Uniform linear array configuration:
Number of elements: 32
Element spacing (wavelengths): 0.5
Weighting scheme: exponential
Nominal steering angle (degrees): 60
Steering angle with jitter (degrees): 60.431
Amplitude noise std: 0.05
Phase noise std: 0.05

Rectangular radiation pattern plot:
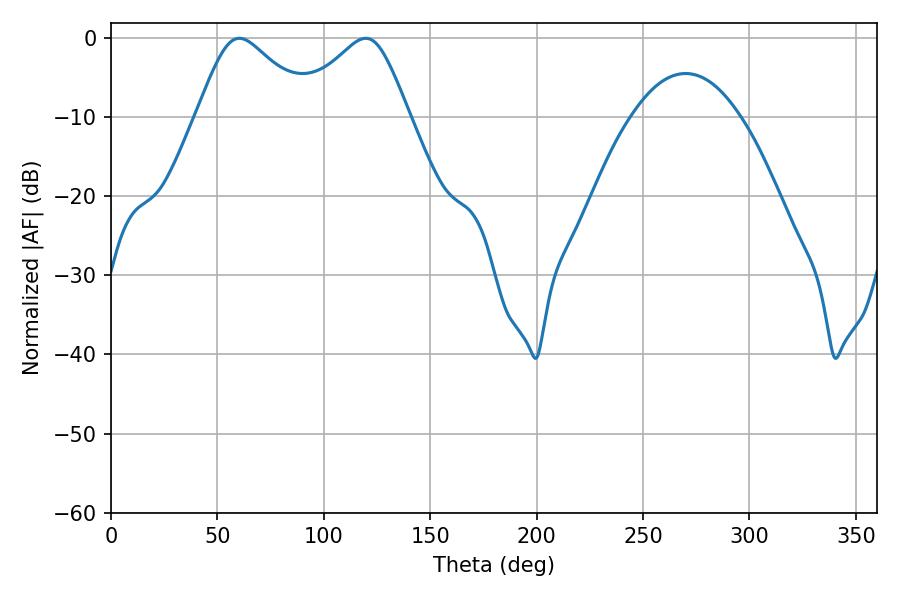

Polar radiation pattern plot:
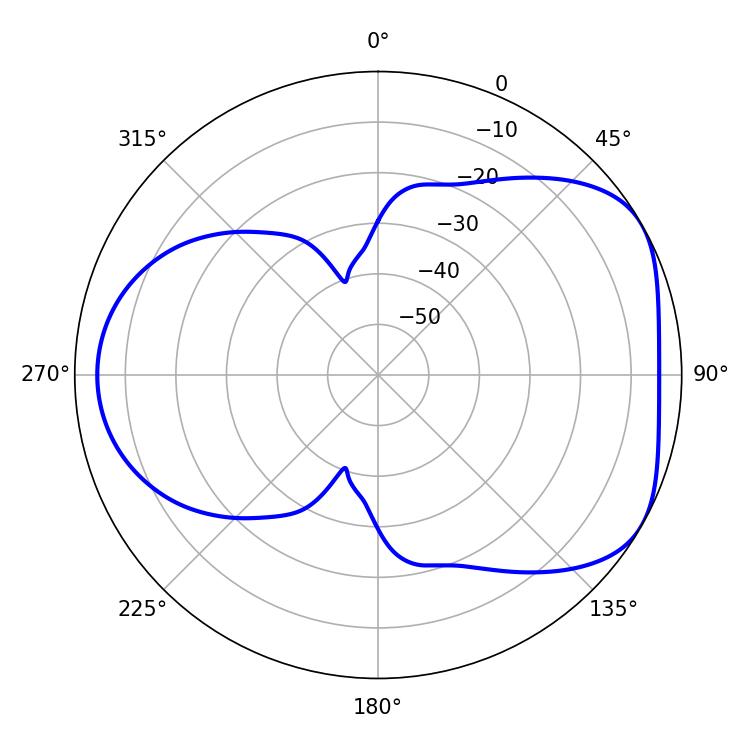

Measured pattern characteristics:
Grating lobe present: FALSE
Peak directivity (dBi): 4.769
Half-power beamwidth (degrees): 26.46
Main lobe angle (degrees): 60.3